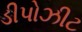
ડીપોઝીટ